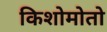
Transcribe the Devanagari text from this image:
किशोमोतो